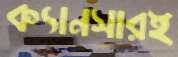
ক্যানসারই